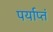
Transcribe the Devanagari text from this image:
पर्याप्तं